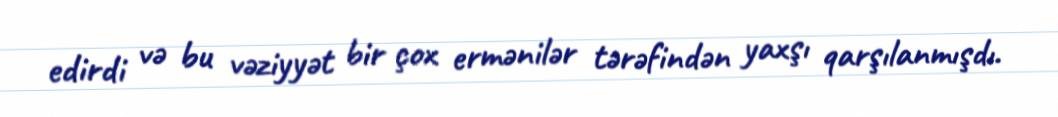
edirdi və bu vəziyyət bir çox ermənilər tərəfindən yaxşı qarşılanmışdı.